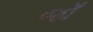
જાઁ